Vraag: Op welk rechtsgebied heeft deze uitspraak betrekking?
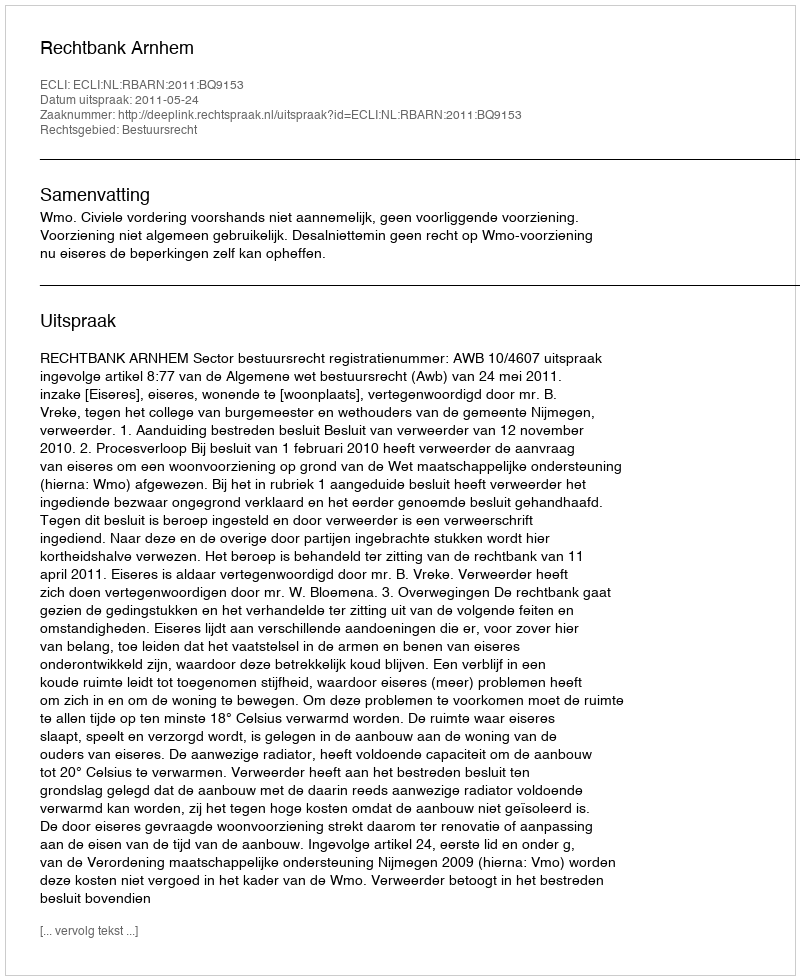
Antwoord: Bestuursrecht